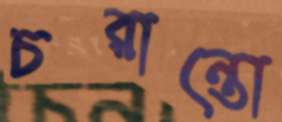
চরান্তো